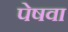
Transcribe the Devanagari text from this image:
पेषवा